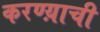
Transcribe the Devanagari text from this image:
करण्य़ाची